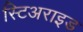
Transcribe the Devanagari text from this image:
स्टिअराइड